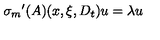
{ { \sigma } _ { m } } ^ { \prime } ( A ) ( x , \xi , D _ { t } ) u = \lambda u